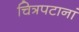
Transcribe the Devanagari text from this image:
चित्रपटानां